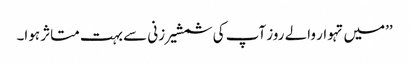
’’میں تہوار والے روز آپ کی شمشیر زنی سے بہت متاثر ہوا۔